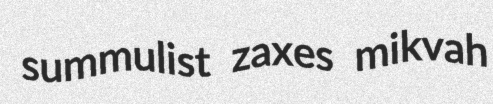
summulist zaxes mikvah